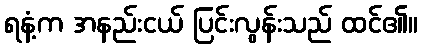
ရနံ့က အနည်းငယ် ပြင်းလွန်းသည် ထင်၏။